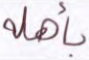
بأهله